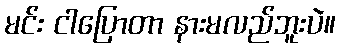
မင်း ငါပြောတာ နားမလည်ဘူးပဲ။